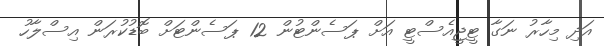
އަދި މިހާރު ނަގާ ޓީޖީއެސްޓީ އަށް ޕަސެންޓުން 12 ޕަސެންޓަށް ބޮޑުކުރަން އިސްލާހު